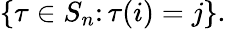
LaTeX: \{ \tau\in S_{n}\colon\tau(i)=j\} .